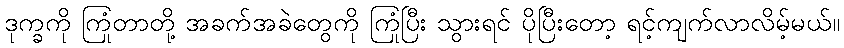
ဒုက္ခကို ကြုံတာတို့ အခက်အခဲတွေကို ကြုံပြီး သွားရင် ပိုပြီးတော့ ရင့်ကျက်လာလိမ့်မယ်။